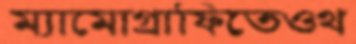
ম্যামোগ্রাফিতেওথ